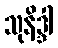
သုနိဒ္ဒါ